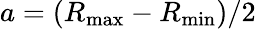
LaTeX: a=(R_{\mathrm{max}}-R_{\mathrm{min}})/2